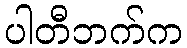
ပါတီဘက်က